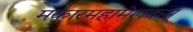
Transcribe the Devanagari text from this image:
मकारमहामेलकम्